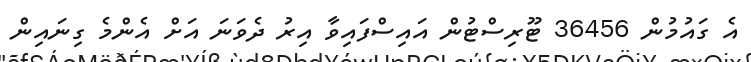
އެ ގައުމުން 36456 ޓޫރިސްޓުން އައިސްފައިވާ އިރު ދެވަނަ އަށް އެންމެ ގިނައިން